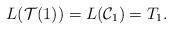
LaTeX: \begin{align*}L({\cal T}(1)) = L({\cal C}_1) = T_1.\end{align*}